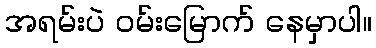
အရမ်းပဲ ဝမ်းမြောက် နေမှာပါ။